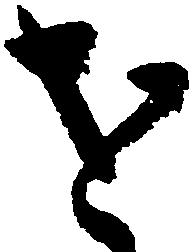
せ